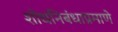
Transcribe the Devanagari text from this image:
शोधनिबंधाप्रमाणे